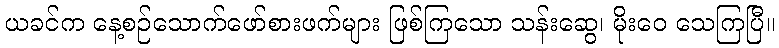
ယခင်က နေ့စဉ်သောက်ဖော်စားဖက်များ ဖြစ်ကြသော သန်းဆွေ၊ မိုးဝေ သေကြပြီ။